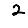
Digit: 2